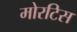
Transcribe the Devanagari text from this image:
मोरटिस